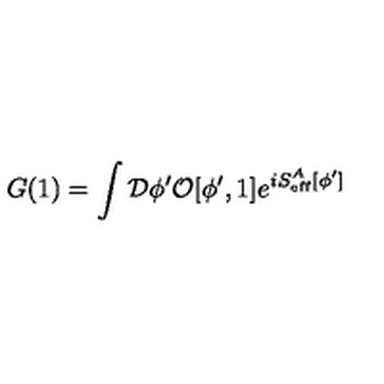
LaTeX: G ( 1 ) = \int { \cal D } \phi ^ { \prime } { \cal O } [ \phi ^ { \prime } , 1 ] e ^ { i S _ { \mathrm { e f f } } ^ { A } [ \phi ^ { \prime } ] }